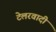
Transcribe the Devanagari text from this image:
टेलरवादी